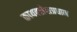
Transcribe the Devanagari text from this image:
कायक्लेशप्रधान